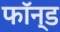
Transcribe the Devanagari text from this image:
फॉन्ड